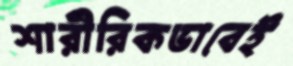
শারীরিকভাবেই